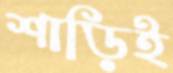
শাড়িই